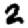
Digit: 2